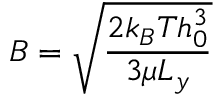
B = \sqrt { \frac { 2 k _ { B } T h _ { 0 } ^ { 3 } } { 3 \mu L _ { y } } }